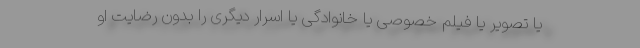
یا تصویر یا فیلم خصوصی یا خانوادگی یا اسرار دیگری را بدون رضایت او